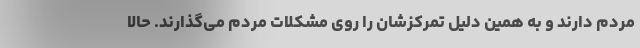
مردم دارند و به همین دلیل تمرکزشان را روی مشکلات مردم می‌گذارند. حالا